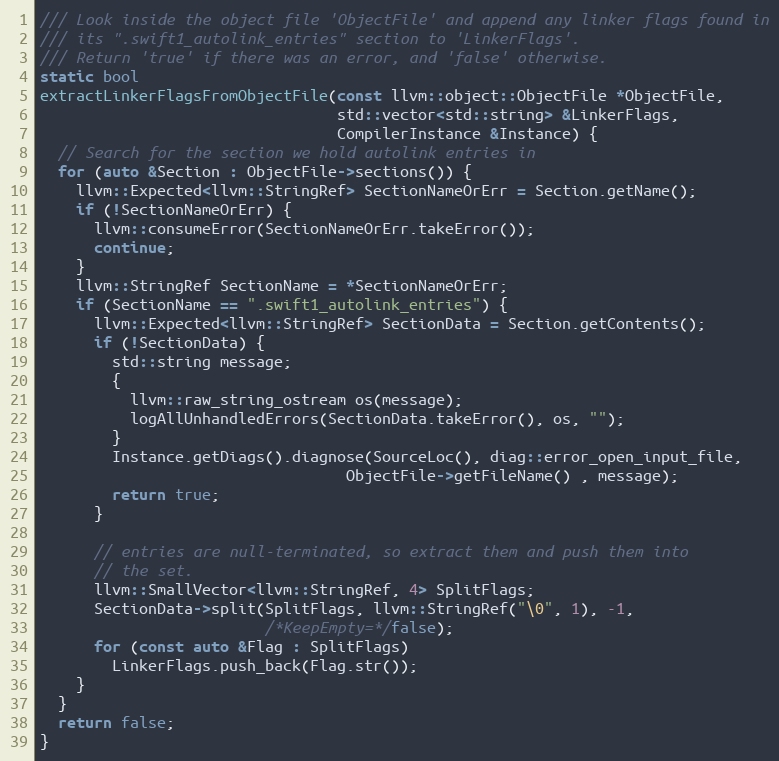
Language: C++
/// Look inside the object file 'ObjectFile' and append any linker flags found in
/// its ".swift1_autolink_entries" section to 'LinkerFlags'.
/// Return 'true' if there was an error, and 'false' otherwise.
static bool
extractLinkerFlagsFromObjectFile(const llvm::object::ObjectFile *ObjectFile,
                                 std::vector<std::string> &LinkerFlags,
                                 CompilerInstance &Instance) {
  // Search for the section we hold autolink entries in
  for (auto &Section : ObjectFile->sections()) {
    llvm::Expected<llvm::StringRef> SectionNameOrErr = Section.getName();
    if (!SectionNameOrErr) {
      llvm::consumeError(SectionNameOrErr.takeError());
      continue;
    }
    llvm::StringRef SectionName = *SectionNameOrErr;
    if (SectionName == ".swift1_autolink_entries") {
      llvm::Expected<llvm::StringRef> SectionData = Section.getContents();
      if (!SectionData) {
        std::string message;
        {
          llvm::raw_string_ostream os(message);
          logAllUnhandledErrors(SectionData.takeError(), os, "");
        }
        Instance.getDiags().diagnose(SourceLoc(), diag::error_open_input_file,
                                  ObjectFile->getFileName() , message);
        return true;
      }

      // entries are null-terminated, so extract them and push them into
      // the set.
      llvm::SmallVector<llvm::StringRef, 4> SplitFlags;
      SectionData->split(SplitFlags, llvm::StringRef("\0", 1), -1,
                         /*KeepEmpty=*/false);
      for (const auto &Flag : SplitFlags)
        LinkerFlags.push_back(Flag.str());
    }
  }
  return false;
}